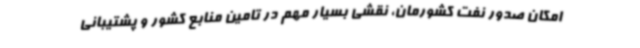
امکان صدور نفت کشورمان، نقشی بسیار مهم در تامین منابع کشور و پشتیبانی